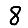
Digit: 8